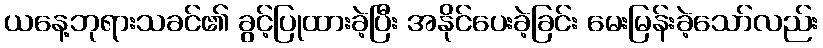
ယနေ့ဘုရားသခင်၏ ခွင့်ပြုထားခဲ့ပြီး အနိုင်ပေးခဲ့ခြင်း မေးမြန်းခဲ့သော်လည်း